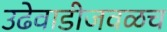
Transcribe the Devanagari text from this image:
उढेवाडीजवळच